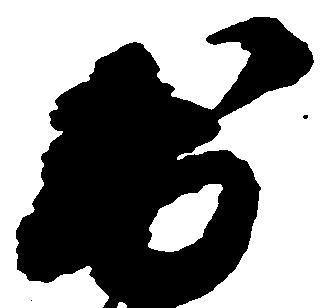
出